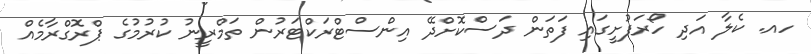
ހއ. ކެލާ އަދި ހޯރަފުށީގައި ފަތަން ދަސްކޮށްދޭ އިންސްޓްރަކްޓަރުން ތަމްރީނު ކުރުމުގެ ޕްރޮގްރާމެއް